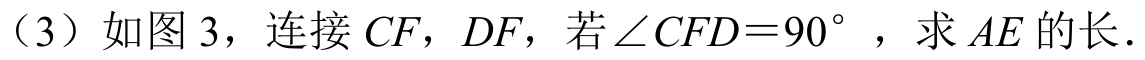
（3）如图3，连接\(CF\)，\(DF\)，若\(\angle CFD = 90^{\circ}\)，求\(AE\)的长.